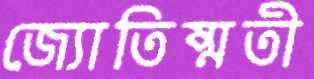
জ্যোতিষ্মতী